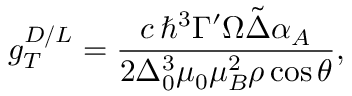
g _ { T } ^ { D / L } = \frac { c \, \hbar ^ { 3 } \Gamma ^ { \prime } \Omega \tilde { \Delta } \alpha _ { A } } { 2 \Delta _ { 0 } ^ { 3 } \mu _ { 0 } \mu _ { B } ^ { 2 } \rho \cos { \theta } } ,